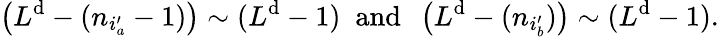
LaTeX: \left(L^{\mathrm{d}}-(n_{i_{a}^{\prime}}-1)\right)\sim(L^{\mathrm{d}}-1)\; \mathrm{{~an\mathrm{d}~}}\; \left(L^{\mathrm{d}}-(n_{i_{b}^{\prime}})\right)\sim(L^{\mathrm{d}}-1).